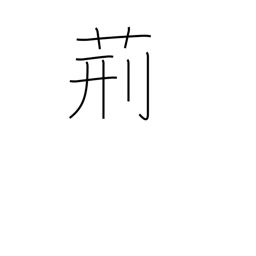
Meaning: whip